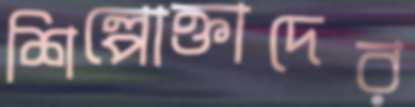
শিল্পোক্তাদের